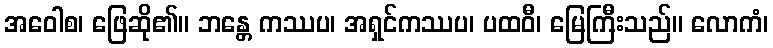
အဝေါစ၊ ဖြေဆို၏။ ဘန္တေ ကဿပ၊ အရှင်ကဿပ၊ ပထဝီ၊ မြေကြီးသည်။ လောကံ၊